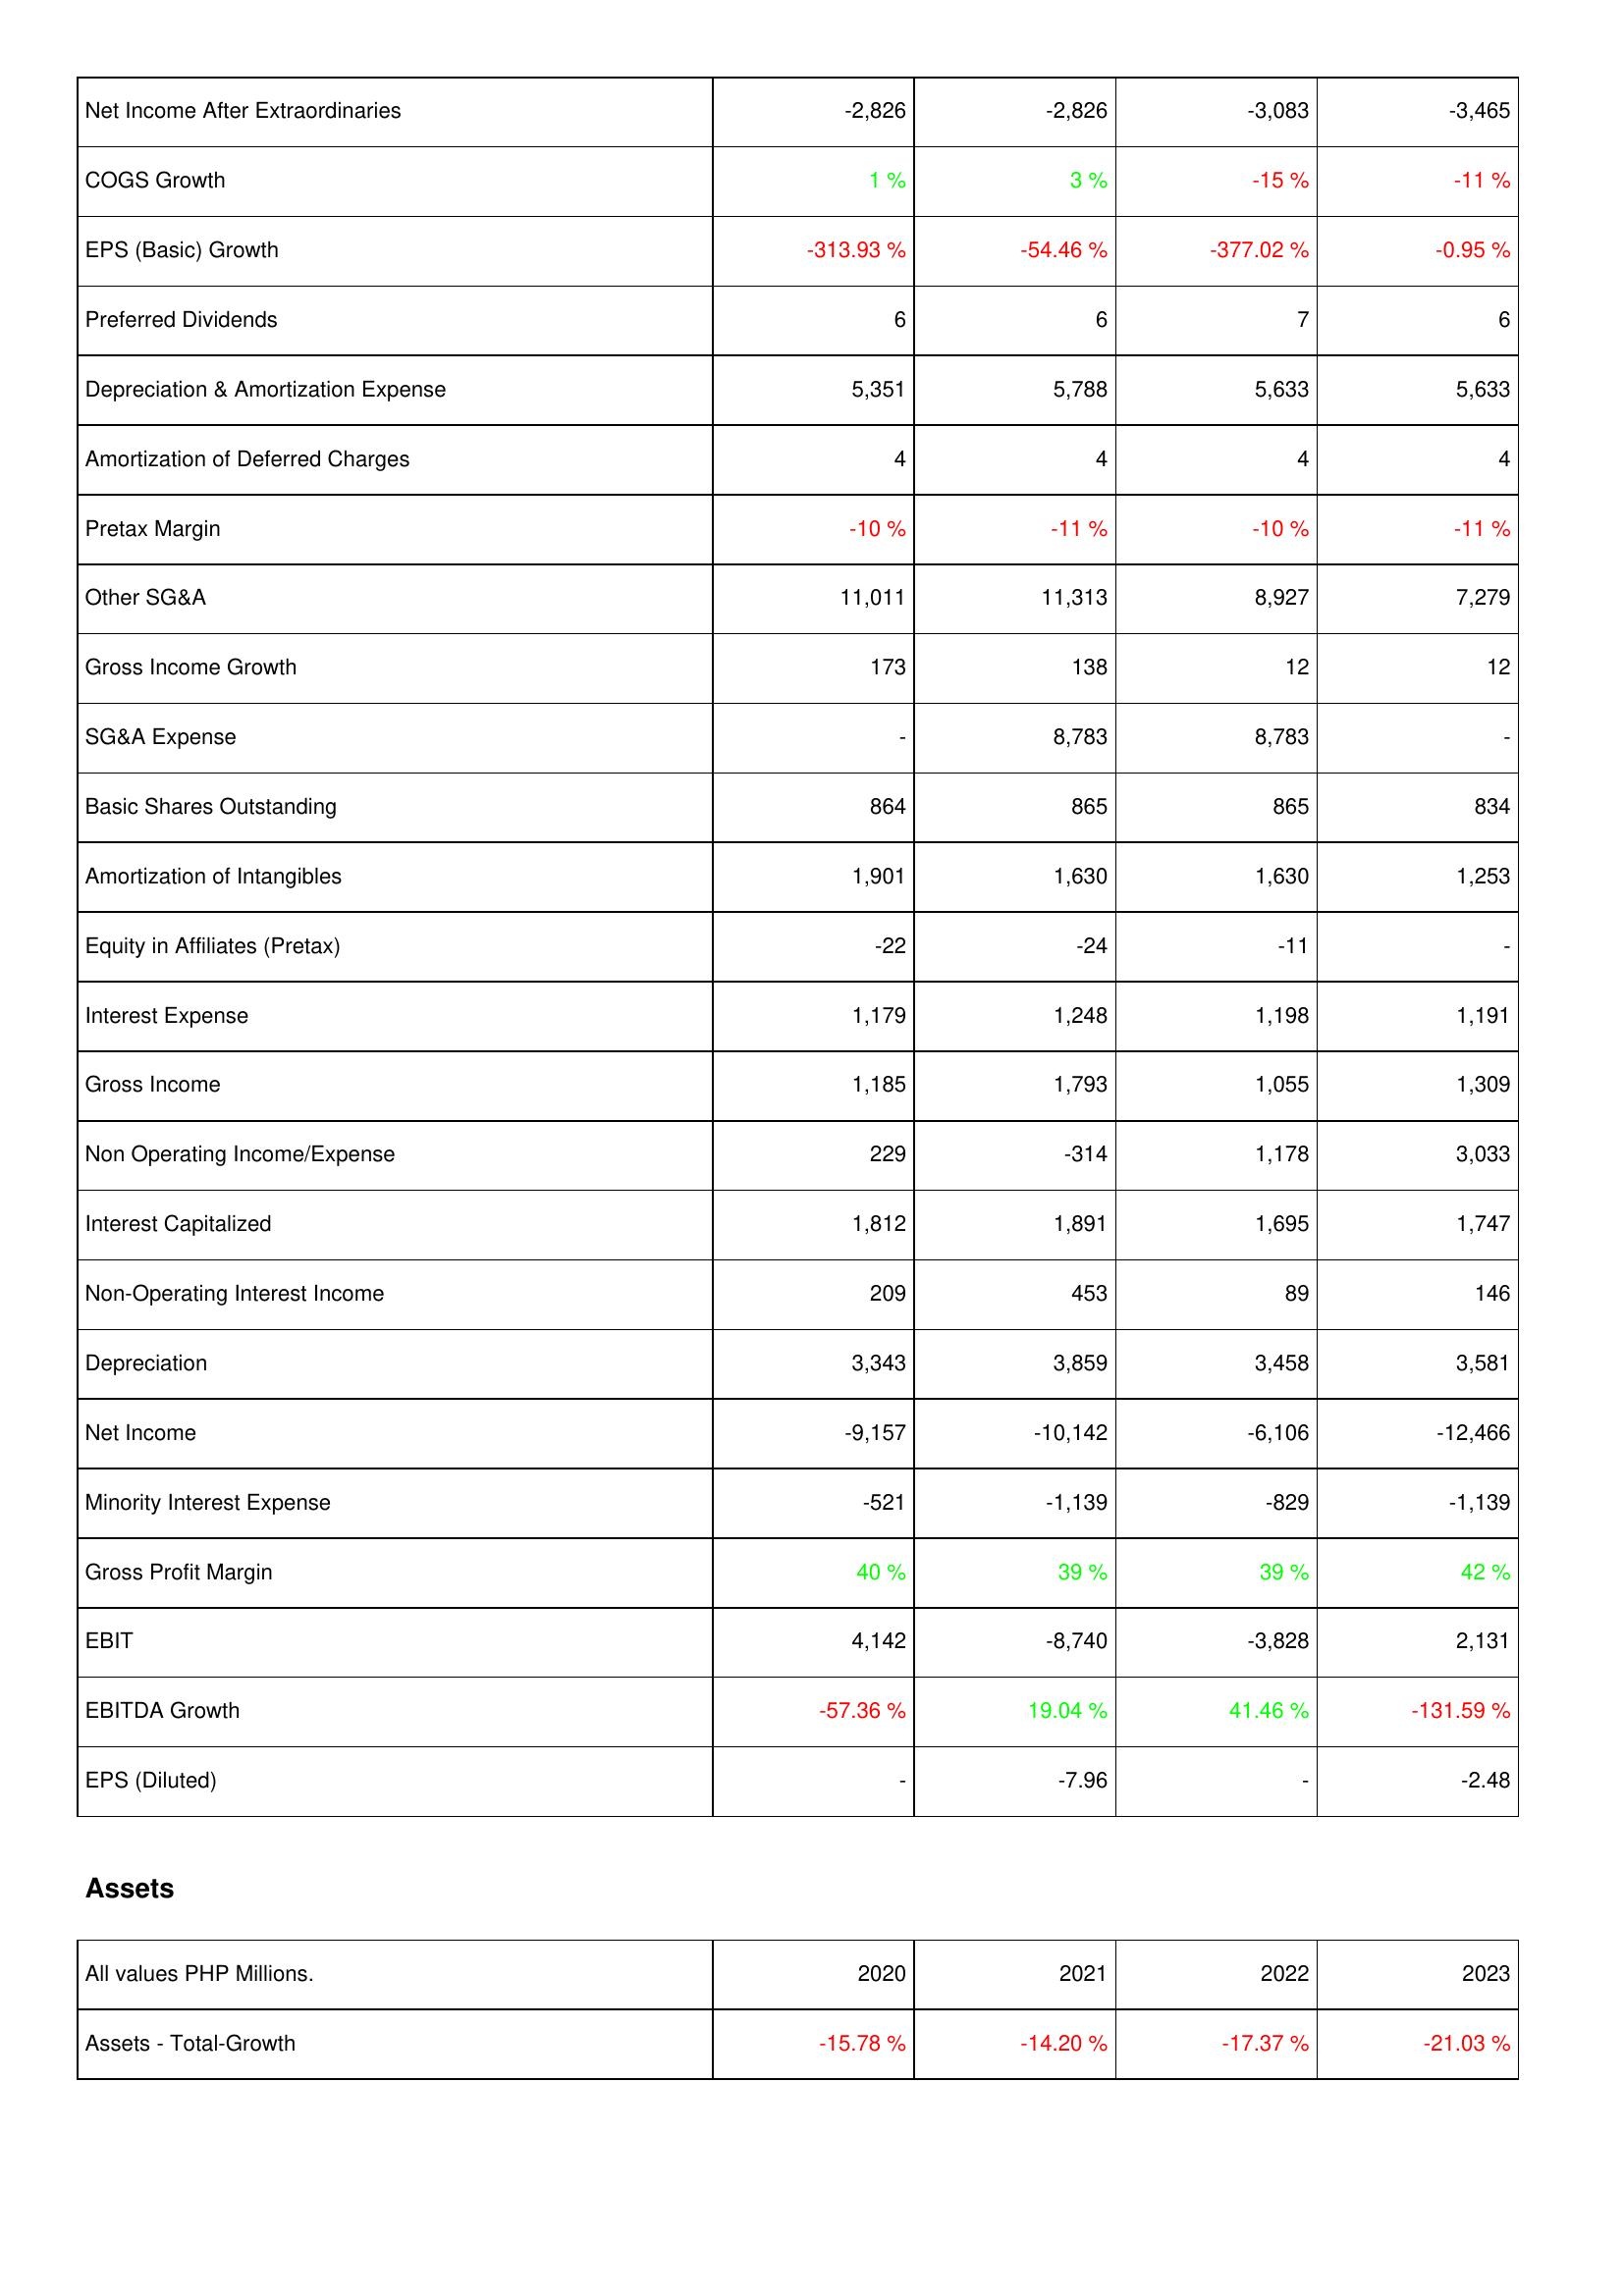
2020: Income Statement: Net Income After Extraordinaries: -2,826
COGS Growth: 1 %
EPS (Basic) Growth: -313.93 %
Preferred Dividends: 6
Depreciation & Amortization Expense: 5,351
Amortization of Deferred Charges: 4
Pretax Margin: -10 %
Other SG&A: 11,011
Gross Income Growth: 173
SG&A Expense: -
Basic Shares Outstanding: 864
Amortization of Intangibles: 1,901
Equity in Affiliates (Pretax): -22
Interest Expense: 1,179
Gross Income: 1,185
Non Operating Income/Expense: 229
Interest Capitalized: 1,812
Non-Operating Interest Income: 209
Depreciation: 3,343
Net Income: -9,157
Minority Interest Expense: -521
Gross Profit Margin: 40 %
EBIT: 4,142
EBITDA Growth: -57.36 %
EPS (Diluted): -
Assets: Assets - Total-Growth: -15.78 %
2021: Income Statement: Net Income After Extraordinaries: -2,826
COGS Growth: 3 %
EPS (Basic) Growth: -54.46 %
Preferred Dividends: 6
Depreciation & Amortization Expense: 5,788
Amortization of Deferred Charges: 4
Pretax Margin: -11 %
Other SG&A: 11,313
Gross Income Growth: 138
SG&A Expense: 8,783
Basic Shares Outstanding: 865
Amortization of Intangibles: 1,630
Equity in Affiliates (Pretax): -24
Interest Expense: 1,248
Gross Income: 1,793
Non Operating Income/Expense: -314
Interest Capitalized: 1,891
Non-Operating Interest Income: 453
Depreciation: 3,859
Net Income: -10,142
Minority Interest Expense: -1,139
Gross Profit Margin: 39 %
EBIT: -8,740
EBITDA Growth: 19.04 %
EPS (Diluted): -7.96
Assets: Assets - Total-Growth: -14.20 %
2022: Income Statement: Net Income After Extraordinaries: -3,083
COGS Growth: -15 %
EPS (Basic) Growth: -377.02 %
Preferred Dividends: 7
Depreciation & Amortization Expense: 5,633
Amortization of Deferred Charges: 4
Pretax Margin: -10 %
Other SG&A: 8,927
Gross Income Growth: 12
SG&A Expense: 8,783
Basic Shares Outstanding: 865
Amortization of Intangibles: 1,630
Equity in Affiliates (Pretax): -11
Interest Expense: 1,198
Gross Income: 1,055
Non Operating Income/Expense: 1,178
Interest Capitalized: 1,695
Non-Operating Interest Income: 89
Depreciation: 3,458
Net Income: -6,106
Minority Interest Expense: -829
Gross Profit Margin: 39 %
EBIT: -3,828
EBITDA Growth: 41.46 %
EPS (Diluted): -
Assets: Assets - Total-Growth: -17.37 %
2023: Income Statement: Net Income After Extraordinaries: -3,465
COGS Growth: -11 %
EPS (Basic) Growth: -0.95 %
Preferred Dividends: 6
Depreciation & Amortization Expense: 5,633
Amortization of Deferred Charges: 4
Pretax Margin: -11 %
Other SG&A: 7,279
Gross Income Growth: 12
SG&A Expense: -
Basic Shares Outstanding: 834
Amortization of Intangibles: 1,253
Equity in Affiliates (Pretax): -
Interest Expense: 1,191
Gross Income: 1,309
Non Operating Income/Expense: 3,033
Interest Capitalized: 1,747
Non-Operating Interest Income: 146
Depreciation: 3,581
Net Income: -12,466
Minority Interest Expense: -1,139
Gross Profit Margin: 42 %
EBIT: 2,131
EBITDA Growth: -131.59 %
EPS (Diluted): -2.48
Assets: Assets - Total-Growth: -21.03 %